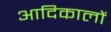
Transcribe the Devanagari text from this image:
आदिकालों